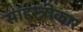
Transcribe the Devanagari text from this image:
साहस्त्रीकार